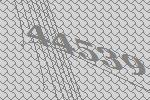
44539